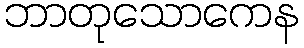
ဘာတုသောကေန